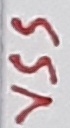
Text: VSS